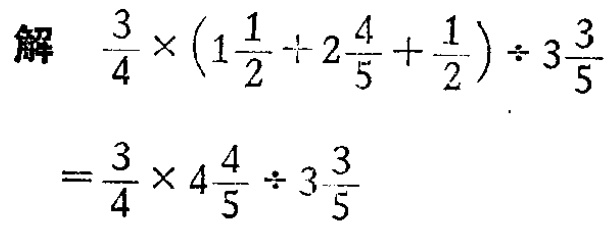
解 \(\frac{3}{4} \times (1\frac{1}{2} + 2\frac{4}{5} + \frac{1}{2}) \div 3\frac{3}{5}\)

\(=\frac{3}{4} \times 4\frac{4}{5} \div 3\frac{3}{5}\)